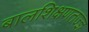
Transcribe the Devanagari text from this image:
बालशिक्षणतज्ज्ञ